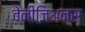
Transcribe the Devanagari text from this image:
वेनीजिअन्स